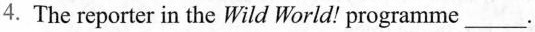
4.The reporter in the Wild World! programme ___.